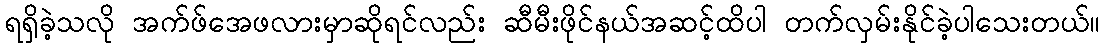
ရရှိခဲ့သလို အက်ဖ်အေဖလားမှာဆိုရင်လည်း ဆီမီးဖိုင်နယ်အဆင့်ထိပါ တက်လှမ်းနိုင်ခဲ့ပါသေးတယ်။